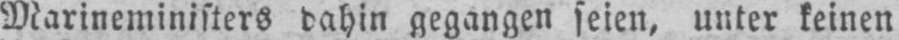
Marineministers dahin gegangen seien, unter keinen